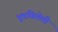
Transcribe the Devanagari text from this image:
भूषविलेली